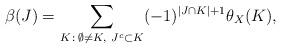
LaTeX: \begin{align*}\beta(J) = \sum_{K\, :\, \emptyset \not=K,\ J^c\subset K} (-1)^{|J\cap K|+1} \theta_X(K) ,\end{align*}